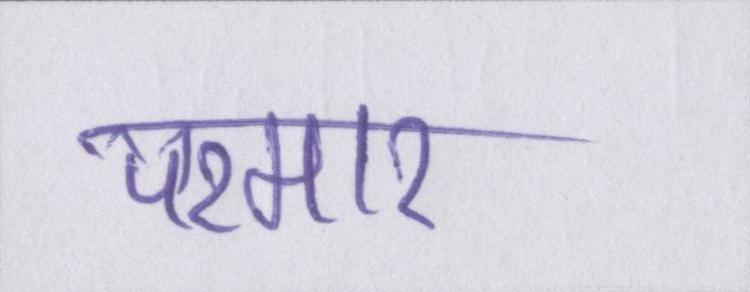
परमार